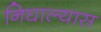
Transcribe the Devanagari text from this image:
निघाल्यास